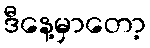
ဒီနေ့မှာတော့